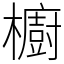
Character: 櫥